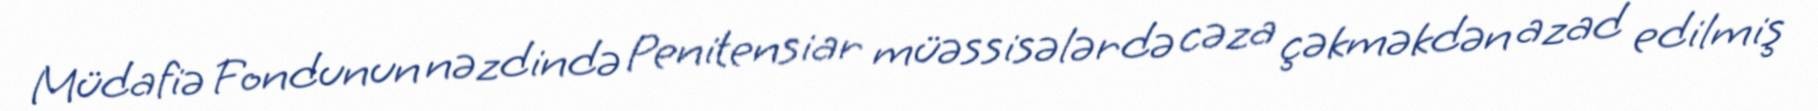
Müdafiə Fondunun nəzdində Penitensiar müəssisələrdə cəza çəkməkdən azad edilmiş